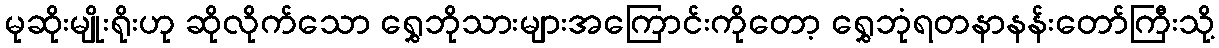
မုဆိုးမျိုးရိုးဟု ဆိုလိုက်သော ရွှေဘိုသားများအကြောင်းကိုတော့ ရွှေဘုံရတနာနန်းတော်ကြီးသို့